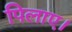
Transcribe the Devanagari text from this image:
पिलाए।